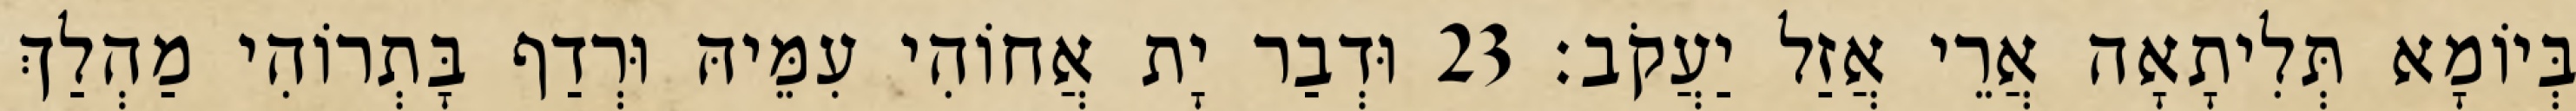
בְּיוֹמָא תְּלִיתָאָה אֲרֵי אֲזַל יַעֲקֹב׃ 23 וּדְבַר יָת אֲחוֹהִי עִמֵּיהּ וּרְדַף בָּתְרוֹהִי מַהְלַךְ